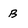
Character: B